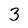
Character: 3